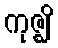
ကုဇ္ဈိ